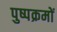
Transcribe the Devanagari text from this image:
पुष्पक्रमों